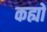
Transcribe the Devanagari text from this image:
कह्यों